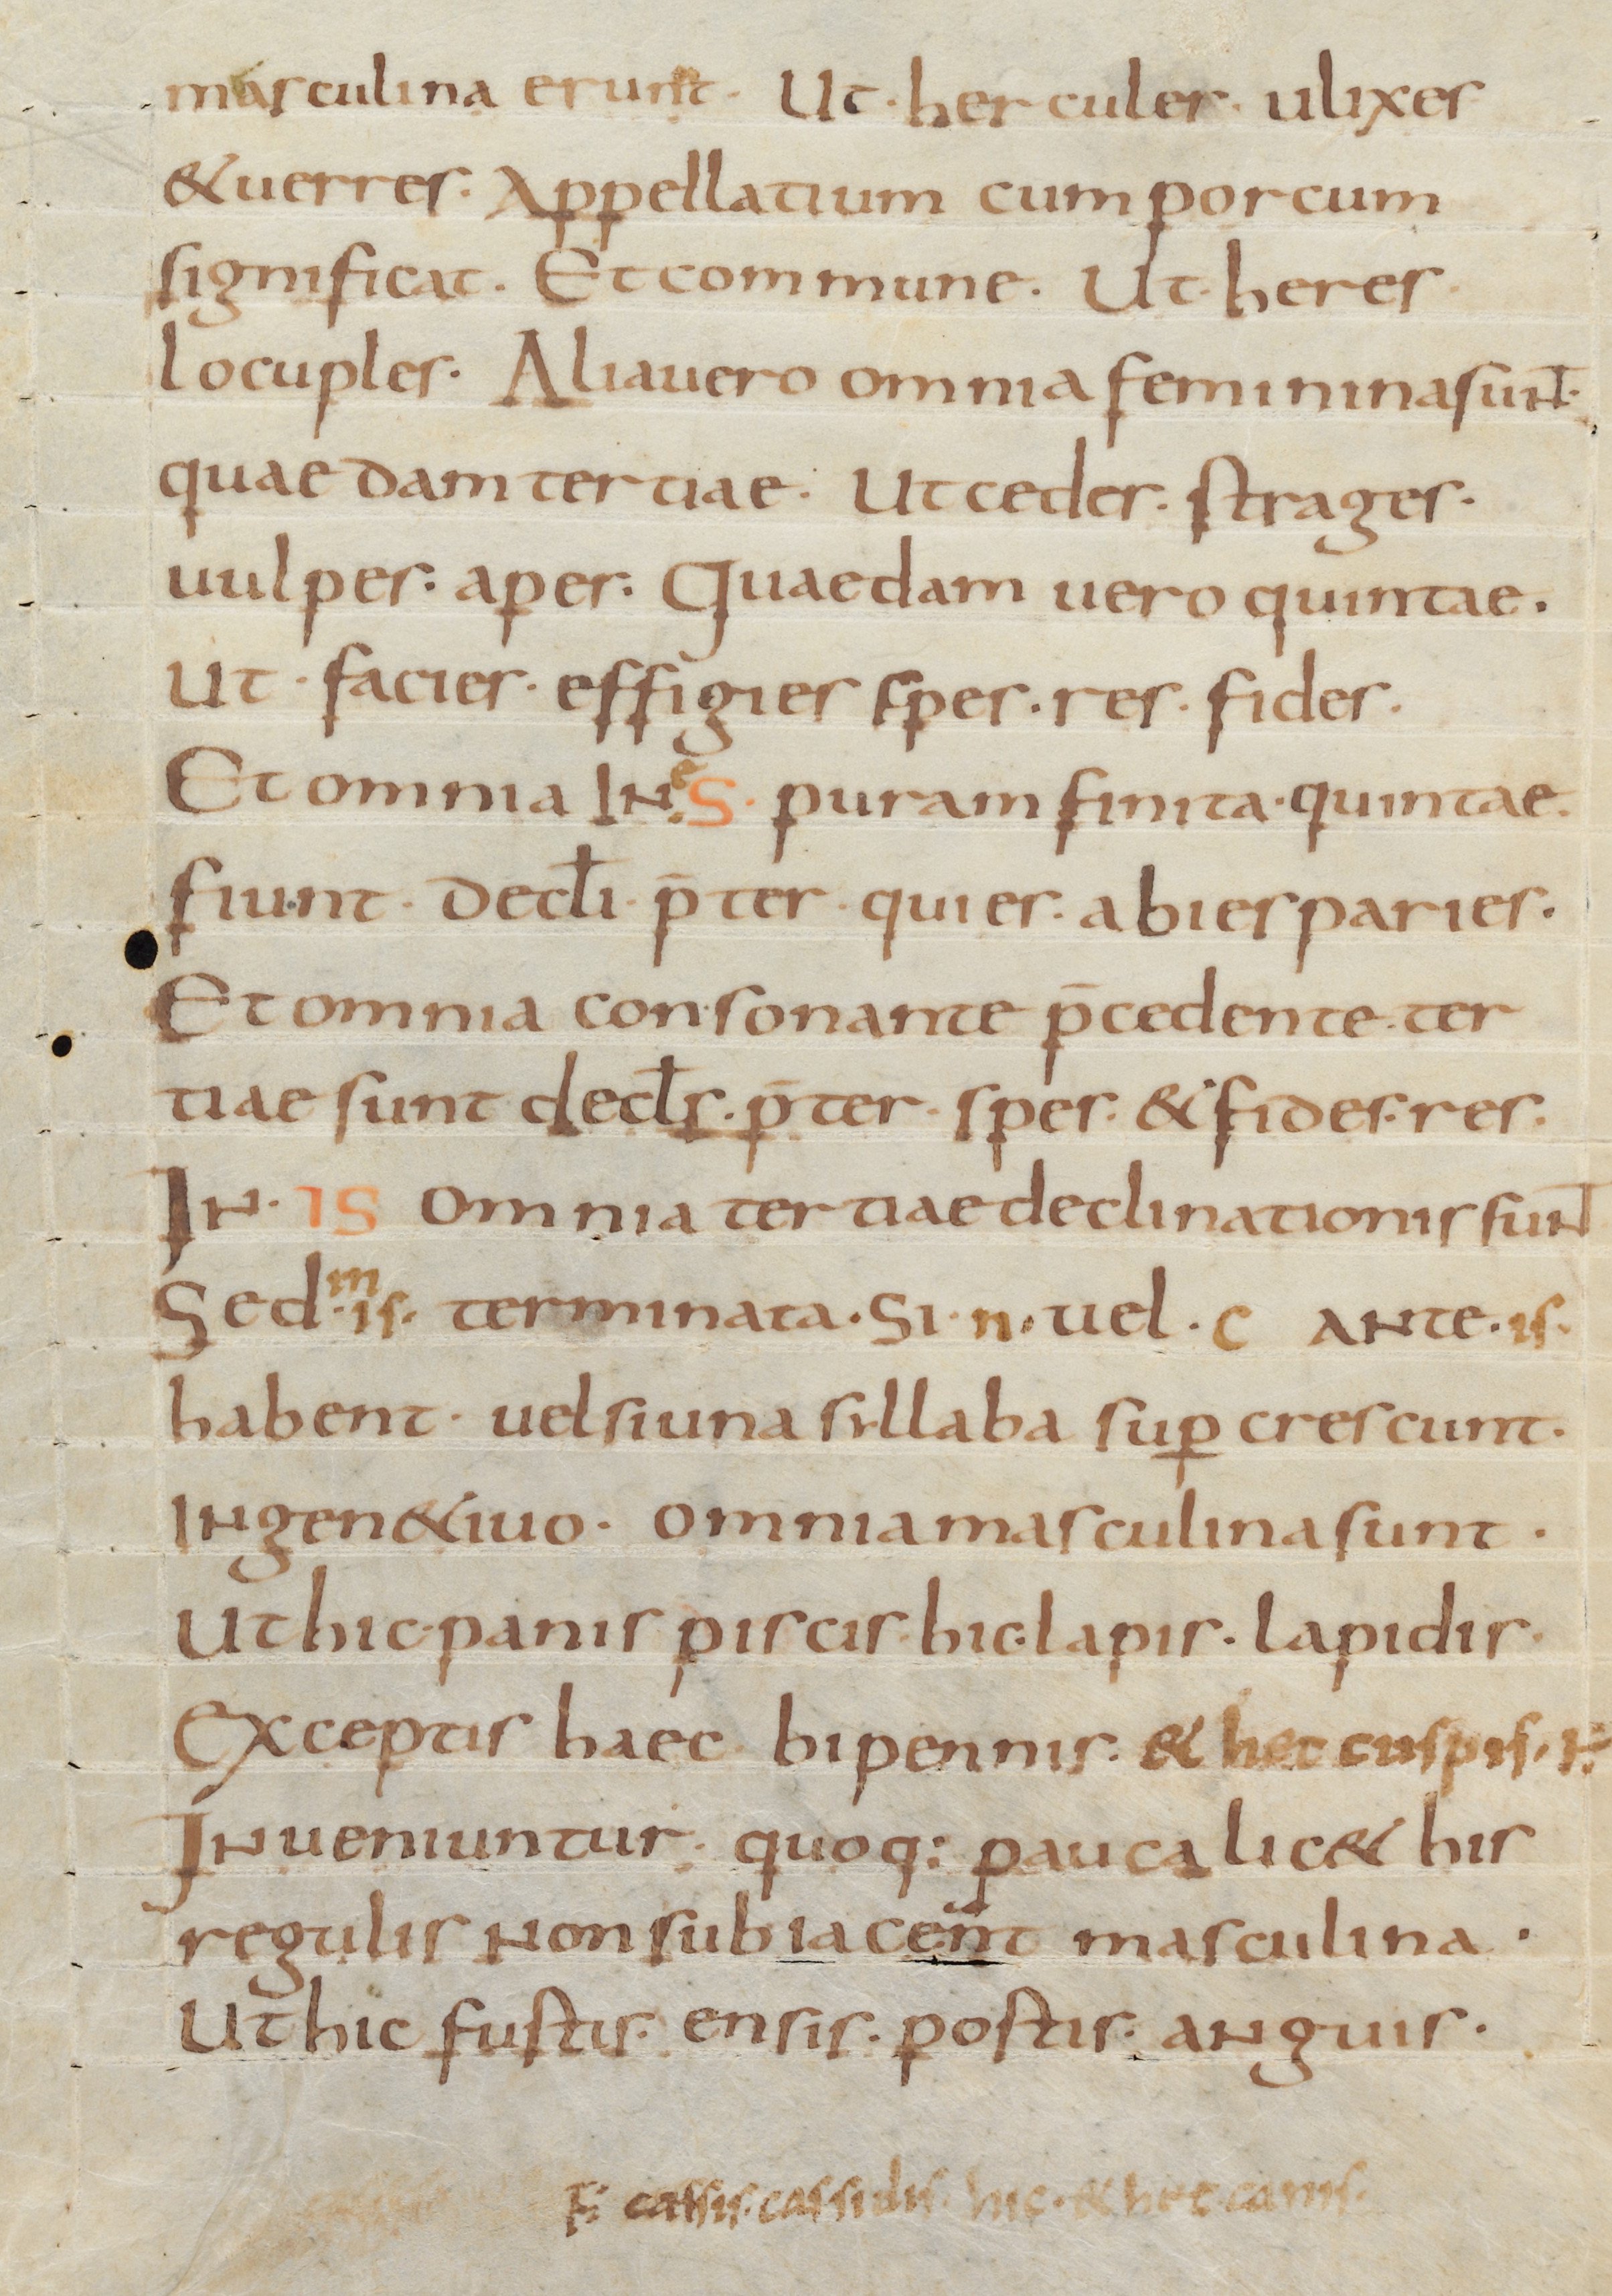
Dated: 800–899